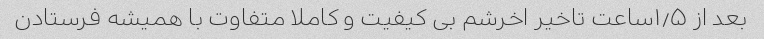
بعد از ۱٫۵ساعت تاخیر اخرشم بی کیفیت و کاملا متفاوت با همیشه فرستادن